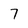
Character: 7